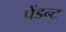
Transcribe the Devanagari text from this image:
पेंडन्ट